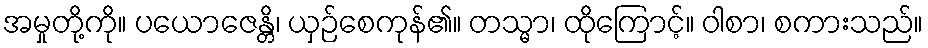
အမှုတို့ကို။ ပယောဇေန္တိ၊ ယှဉ်စေကုန်၏။ တသ္မာ၊ ထိုကြောင့်။ ဝါစာ၊ စကားသည်။